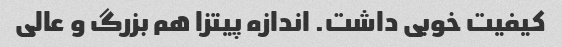
کیفیت خوبی داشت. اندازه پیتزا هم بزرگ و عالی